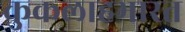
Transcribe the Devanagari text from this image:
कुकलाहभारत